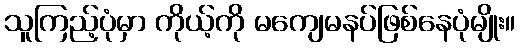
သူကြည့်ပုံမှာ ကိုယ့်ကို မကျေမနပ်ဖြစ်နေပုံမျိုး။